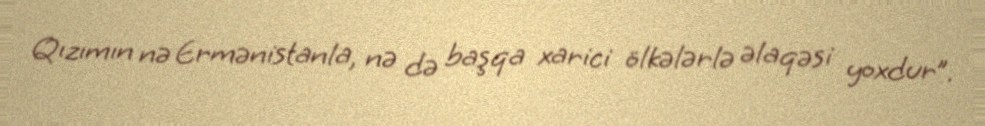
Qızımın nə Ermənistanla, nə də başqa xarici ölkələrlə əlaqəsi yoxdur”.